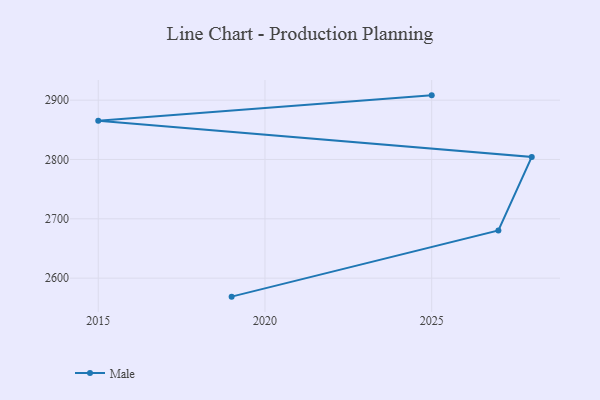
{"axis": {"x": "Year", "y": "Population (Million)"}, "legend": ["Male"], "data": [{"x": "2025", "y": 2908.1, "type": "Male"}, {"x": "2015", "y": 2865.4, "type": "Male"}, {"x": "2028", "y": 2804.3, "type": "Male"}, {"x": "2027", "y": 2680.3, "type": "Male"}, {"x": "2019", "y": 2568.8, "type": "Male"}]}